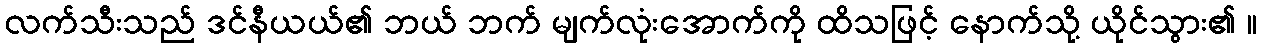
လက်သီးသည် ဒင်နီယယ်၏ ဘယ် ဘက် မျက်လုံးအောက်ကို ထိသဖြင့် နောက်သို့ ယိုင်သွား၏ ။